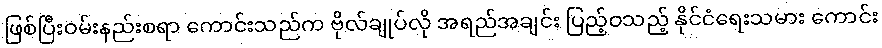
ဖြစ်ပြီးဝမ်းနည်းစရာ ကောင်းသည်က ဗိုလ်ချုပ်လို အရည်အချင်း ပြည့်ဝသည့် နိုင်ငံရေးသမား ကောင်း